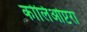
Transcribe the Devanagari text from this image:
कोलिओप्टरा